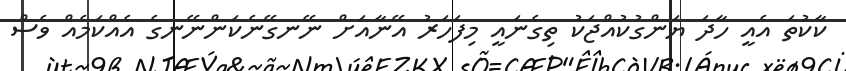
ކާކުތަ އެއީ ހާދަ ޔަންގުކުއްޖަކު ތިގެނައީ މިފަހަރު އޭނާއަށް ނޭނގޭނެކަންނޭނގެ އެއްކަމެއް ވެސް